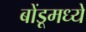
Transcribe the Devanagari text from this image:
बोंडूमध्ये